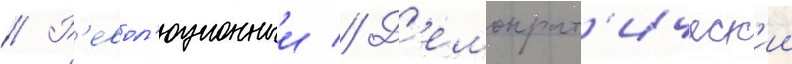
// Р'евол'юционныи // Д'емократ'ическ'ии